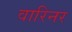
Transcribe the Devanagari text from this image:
वारिनर